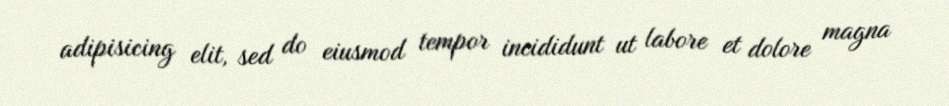
adipisicing elit, sed do eiusmod tempor incididunt ut labore et dolore magna